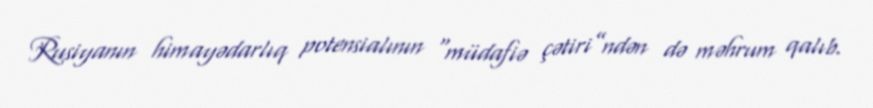
Rusiyanın himayədarlıq potensialının “müdafiə çətiri”ndən də məhrum qalıb.